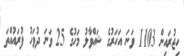
ހިޖުރައިން 1103 ވަނަ އަހަރުގެ ޝައްވާލު މަހުގެ 25 ވަނަ ދުވަހު ފުރައުއްތަ